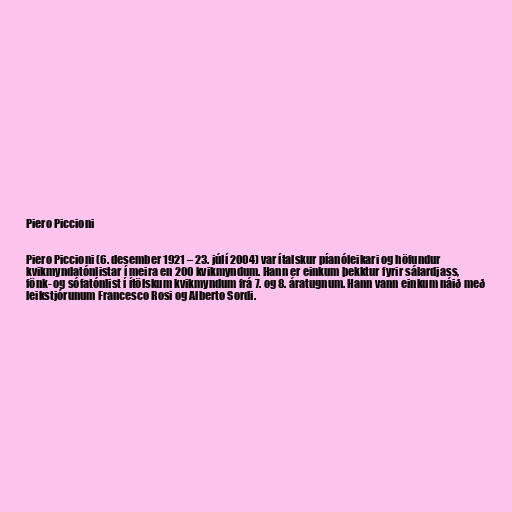
Piero Piccioni

Piero Piccioni (6. desember 1921 – 23. júlí 2004) var ítalskur píanóleikari og höfundur
kvikmyndatónlistar í meira en 200 kvikmyndum. Hann er einkum þekktur fyrir sálardjass,
fönk- og sófatónlist í ítölskum kvikmyndum frá 7. og 8. áratugnum. Hann vann einkum náið með
leikstjórunum Francesco Rosi og Alberto Sordi.